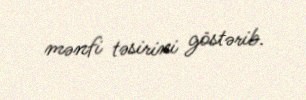
mənfi təsirini göstərib.